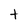
Character: t